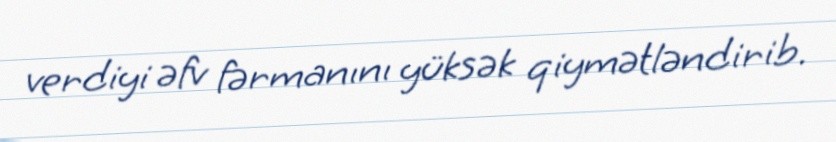
verdiyi əfv fərmanını yüksək qiymətləndirib.